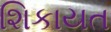
શિકાયત